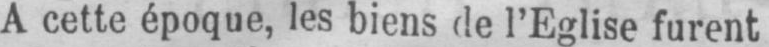
A cette époque, les biens de l’Eglise furent